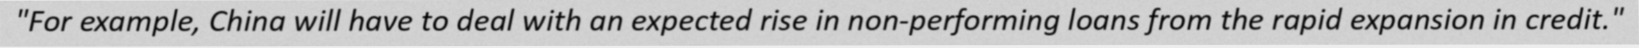
"For example, China will have to deal with an expected rise in non-performing loans from the rapid expansion in credit."